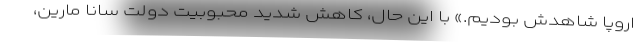
اروپا شاهدش بودیم.» با این حال، کاهش شدید محبوبیت دولت سانا مارین،